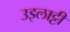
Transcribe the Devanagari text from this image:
उइलाट्टी